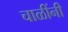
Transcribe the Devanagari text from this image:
चाळींनी